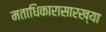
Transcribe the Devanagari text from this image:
मताधिकारासारख्या